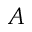
A